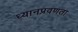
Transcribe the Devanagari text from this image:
ध्यानप्रवणता